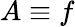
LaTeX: A\equiv f